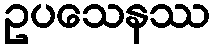
ဥပသေနဿ